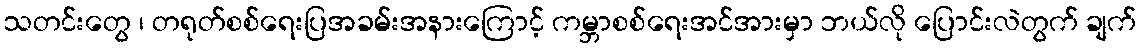
သတင်းတွေ ၊ တရုတ်စစ်ရေးပြအခမ်းအနားကြောင့် ကမ္ဘာစစ်ရေးအင်အားမှာ ဘယ်လို ပြောင်းလဲတွက် ချက်